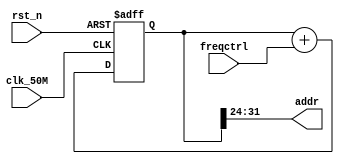
`timescale 1ns/1ps
module addr_ctrl(
    input wire clk_50M,
    input wire rst_n,
    output wire [7:0] addr,


    input wire [31:0] freqctrl			//frequency control word 

);
    reg [31:0] cnt;
    assign addr =  cnt[31:24];

    always@(posedge clk_50M,negedge rst_n)
    begin
        if(rst_n==0)
            cnt<=0;
        else
            cnt<=cnt+freqctrl;

    end
endmodule